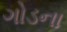
ગોડના